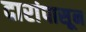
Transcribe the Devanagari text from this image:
दारांपासून